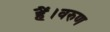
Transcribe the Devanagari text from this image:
हैं।वरुण